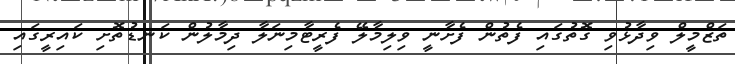
ތަޒްމީލް ވިދާޅުވި ގޮތުގައި ފެތުން ފެށާނީ ވިލިމާލޭ ފެރީޓާމިނަލާ ދިމާލުން ކަނޑުތޮށި ކައިރީގައި